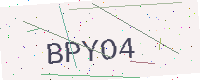
Text: BPYO4